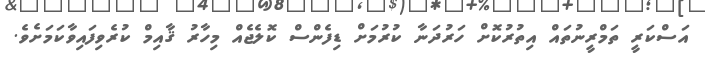
އަސްކަރީ ތަމްރީނުތައް އިތުރުކޮށް ހަރުދަނާ ކުރުމަށް ޑިފެންސް ކޮލެޖެއް މިހާރު ޤާއިމް ކުރެވިފައިވާކަމަށެވެ.